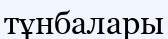
тұнбалары